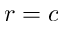
r = c